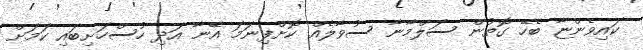
ކައިވެންޏާ ބެހޭ ގޮތުން ސަލްމާނާ ސުވާލެއް ކޮށްފިނަމަ އޭނާ އަދި ހުސްހަށިބައި ކަމަށް